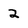
Character: 2